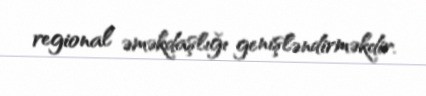
regional əməkdaşlığı genişləndirməkdir.